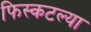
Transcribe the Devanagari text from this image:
फिस्कटल्या